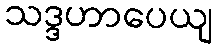
သဒ္ဒဟာပေယျ